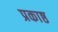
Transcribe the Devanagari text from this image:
प्रकाष्ठ